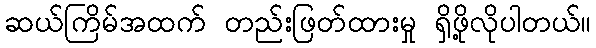
ဆယ်ကြိမ်အထက် တည်းဖြတ်ထားမှု ရှိဖို့လိုပါတယ်။